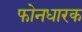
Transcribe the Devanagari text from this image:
फोनधारक